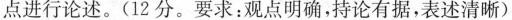
点进行论述。(12分。要求：观点明确，持论有据，表述